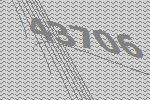
43706